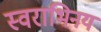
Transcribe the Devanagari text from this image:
स्वराभिनय